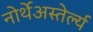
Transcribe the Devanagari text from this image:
नोर्थेअस्तेर्ल्य